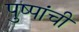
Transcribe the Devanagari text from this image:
पुष्पांची